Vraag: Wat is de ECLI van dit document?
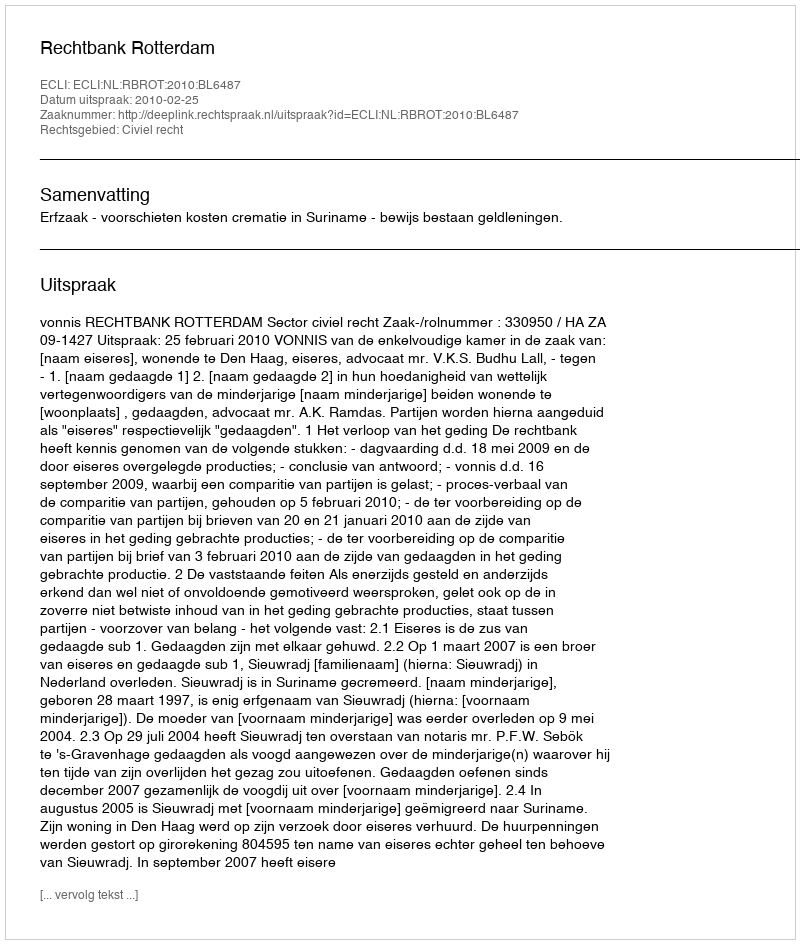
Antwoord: ECLI:NL:RBROT:2010:BL6487